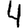
Digit: 4